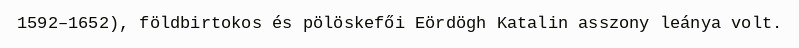
1592–1652), földbirtokos és pölöskefői Eördögh Katalin asszony leánya volt.